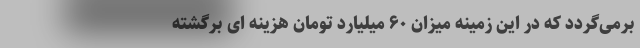
‌برمی‌گردد که در این زمینه میزان ۶۰ میلیارد تومان هزینه ای برگشته